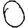
Digit: 0